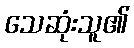
သေဆုံးသူ၏